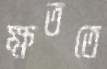
ক্ষততে